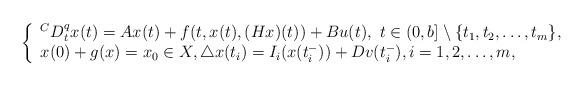
LaTeX: \begin{align*} \left\lbrace \begin{array}{lll} ^{C}D_{t}^{q}x(t)=Ax(t)+f(t, x(t), (Hx)(t))+Bu(t), \ t\in (0, b]\setminus\lbrace t_1, t_2,\ldots, t_m\rbrace,\\x(0)+g(x)=x_{0}\in X,\triangle x(t_{i})=I_{i}(x(t_{i}^{-}))+Dv(t_{i}^{-}), i=1,2,\ldots,m,\end{array}\right.\end{align*}